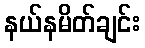
နယ်နမိတ်ချင်း